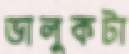
ভালুকটা